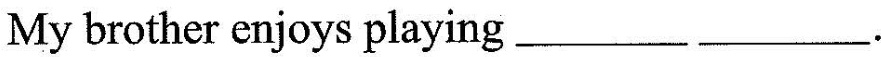
My brother enjoys playing___ ___.